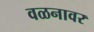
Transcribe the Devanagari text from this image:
वळनावर